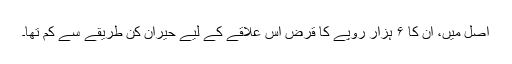
اصل میں، ان کا ۶ ہزار روپے کا قرض اس علاقے کے لیے حیران کن طریقے سے کم تھا۔